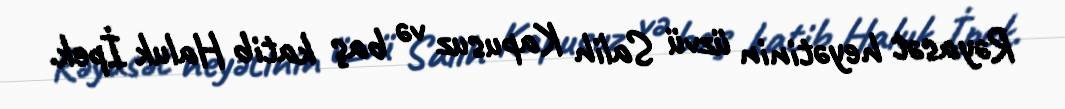
Rəyasət heyətinin üzvü Salih Kapusuz və baş katib Haluk İpek.